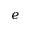
e